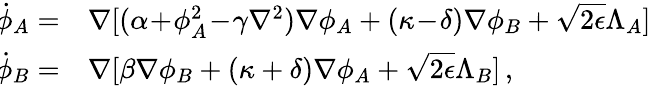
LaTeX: \begin{array}{rl}{\! \dot{\phi}_{A}=}&{{}\nabla[(\alpha\! +\! \phi_{A}^{2}\! -\! \gamma\nabla^{2})\nabla\phi_{A}+(\kappa\! -\! \delta)\nabla\phi_{B}+\sqrt{2\epsilon}\Lambda_{A}]}\\ {\! \dot{\phi}_{B}=}&{{}\nabla[\beta\nabla\phi_{B}+(\kappa+\delta)\nabla\phi_{A}+\sqrt{2\epsilon}\Lambda_{B}]\, ,}\end{array}